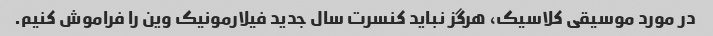
در مورد موسیقی کلاسیک، هرگز نباید کنسرت سال جدید فیلارمونیک وین را فراموش کنیم.